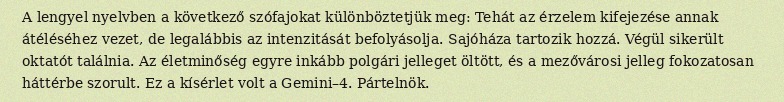
A lengyel nyelvben a következő szófajokat különböztetjük meg: Tehát az érzelem kifejezése annak átéléséhez vezet, de legalábbis az intenzitását befolyásolja. Sajóháza tartozik hozzá. Végül sikerült oktatót találnia. Az életminőség egyre inkább polgári jelleget öltött, és a mezővárosi jelleg fokozatosan háttérbe szorult. Ez a kísérlet volt a Gemini–4. Pártelnök.